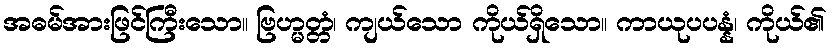
အဓမ်အားဖြင်ကြီးသော။ ဗြဟ္မတ္တံ၊ ကျယ်သော ကိုယ်ရှိသော။ ကာယုပပန္နံ၊ ကိုယ်၏